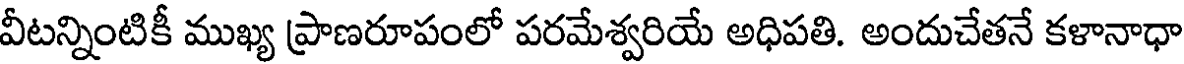
వీటన్నింటికీ ముఖ్య ప్రాణరూపంలో పరమేశ్వరియే అధిపతి. అందుచేతనే కళానాధా